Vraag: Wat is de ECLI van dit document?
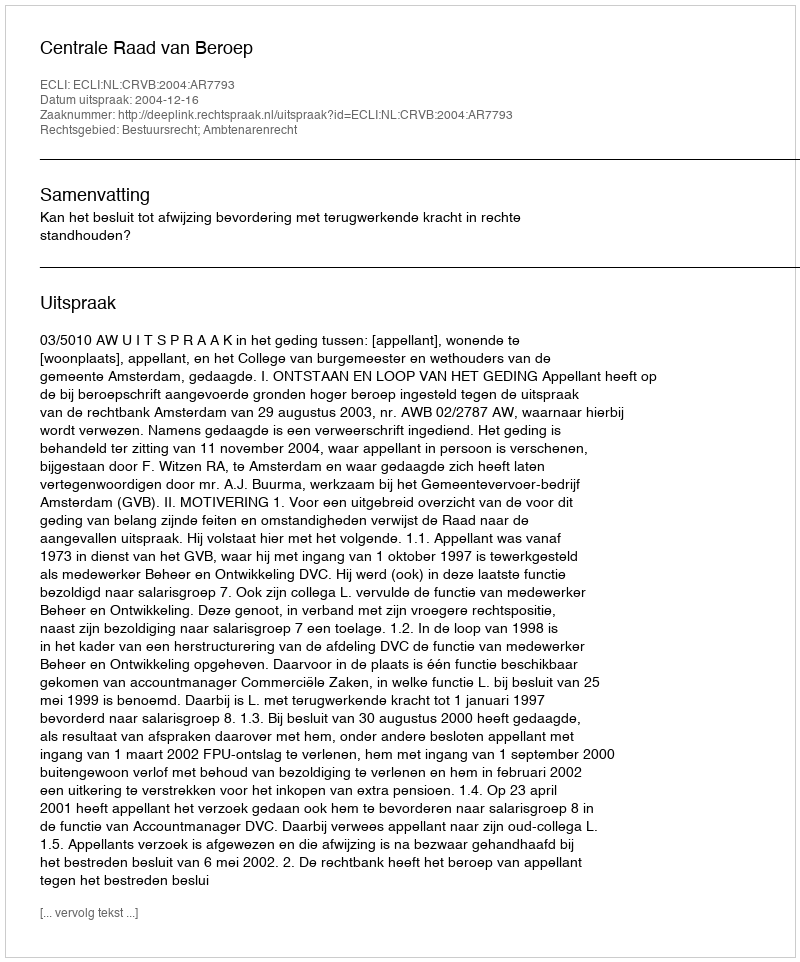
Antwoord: ECLI:NL:CRVB:2004:AR7793